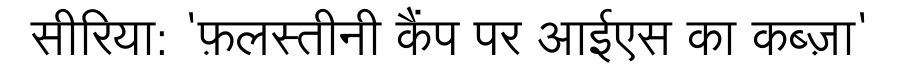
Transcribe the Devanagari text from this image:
सीरिया: 'फ़लस्तीनी कैंप पर आईएस का कब्ज़ा'